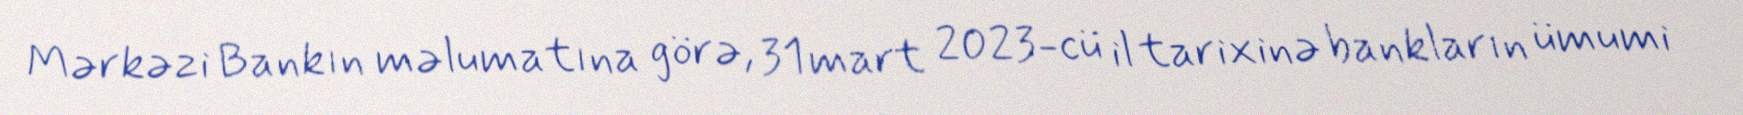
Mərkəzi Bankın məlumatına görə, 31 mart 2023-cü il tarixinə bankların ümumi